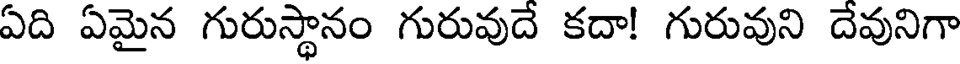
ఏది ఏమైన గురుస్థానం గురువుదే కదా! గురువుని దేవునిగా